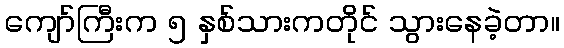
ကျော်ကြီးက ၅ နှစ်သားကတိုင် သွားနေခဲ့တာ။